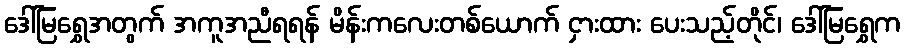
ဒေါ်မြရွှေအတွက် အကူအညီရရန် မိန်းကလေးတစ်ယောက် ငှားထား ပေးသည့်တိုင်၊ ဒေါ်မြရွှေက